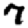
Digit: 7